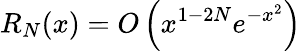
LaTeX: R_{N}(x)=O\left(x^{1-2N}e^{-x^{2}}\right)